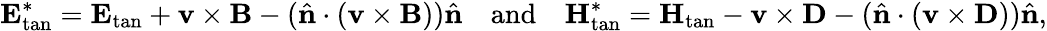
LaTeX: \mathbf{E}_{\mathrm{tan}}^{*}=\mathbf{E}_{\mathrm{tan}}+\mathbf{v}\times\mathbf{B}-(\hat{\mathbf{n}}\cdot(\mathbf{v}\times\mathbf{B}))\hat{\mathbf{n}}\quad\mathrm{and}\quad\mathbf{H}_{\mathrm{tan}}^{*}=\mathbf{H}_{\mathrm{tan}}-\mathbf{v}\times\mathbf{D}-(\hat{\mathbf{n}}\cdot(\mathbf{v}\times\mathbf{D}))\hat{\mathbf{n}},